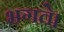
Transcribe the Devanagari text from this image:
भगते।